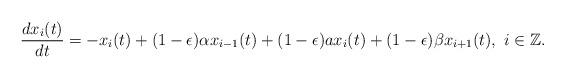
LaTeX: \begin{align*}\frac{dx_i(t)}{dt} =-x_i(t)+(1-\epsilon)\alpha x_{i-1}(t)+(1-\epsilon)ax_{i}(t)+(1-\epsilon)\beta x_{i+1}(t),\,\,i\in\mathbb{Z}.\end{align*}